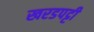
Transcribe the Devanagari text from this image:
खरडपट्टी